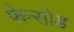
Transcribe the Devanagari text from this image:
फेन्सोड